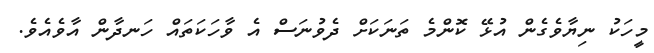
މީހަކު ނިޔާވެގެން އުޅޭ ކޮންމެ ތަނަކަށް ދެވުނަސް އެ ވާހަކަތައް ހަނދާން އާވެއެވެ.